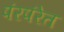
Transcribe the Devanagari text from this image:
पंरपंरेत